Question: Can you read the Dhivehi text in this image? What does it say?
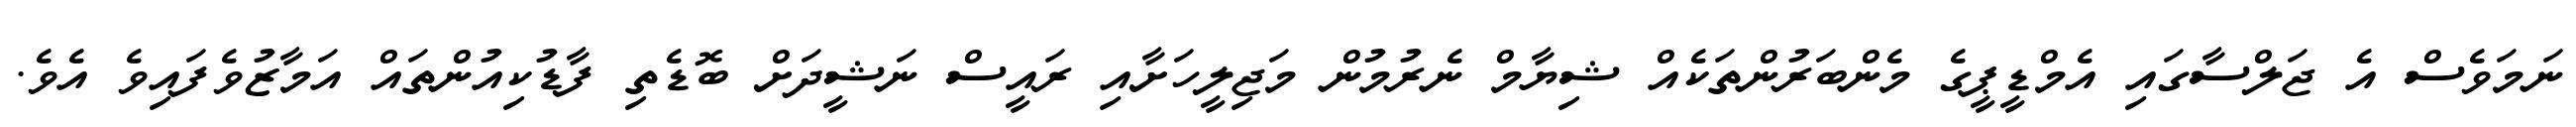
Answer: ނަމަވެސް އެ ޖަލްސާގައި އެމްޑީޕީގެ މެންބަރުންތަކެއް ޝިޔާމް ނެރުމުން މަޖިލީހަށާއި ރައީސް ނަޝީދަށް ބޮޑެތި ފާޑުކިއުންތައް އަމާޒުވެފައިވެ އެވެ.